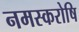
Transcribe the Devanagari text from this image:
नमस्करोषि